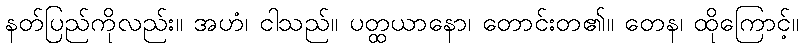
နတ်ပြည်ကိုလည်း။ အဟံ၊ ငါသည်။ ပတ္ထယာနော၊ တောင်းတ၏။ တေန၊ ထိုကြောင့်။